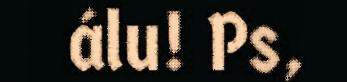
álu! Ps,